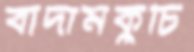
বাদামকুচি